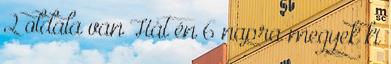
2 oldala van Hát én 6 napra megyek ki